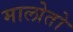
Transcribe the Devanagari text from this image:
मालोतो